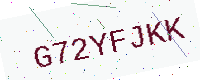
Text: G72YFJKK